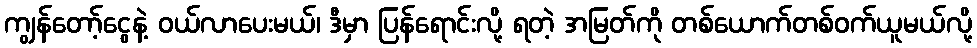
ကျွန်တော့်ငွေနဲ့ ဝယ်လာပေးမယ်၊ ဒီမှာ ပြန်ရောင်းလို့ ရတဲ့ အမြတ်ကို တစ်ယောက်တစ်ဝက်ယူမယ်လို့